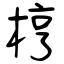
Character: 梈